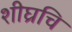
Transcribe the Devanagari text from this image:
शीघ्रचि